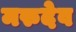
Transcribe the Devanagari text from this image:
मरुदेव